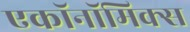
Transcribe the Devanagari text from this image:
एकॉनॉमिक्स